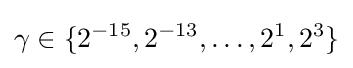
\gamma \in \{2^{-15},2^{-13},\dots ,2^{1},2^{3}\}